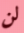
لن